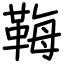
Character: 𩊱